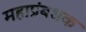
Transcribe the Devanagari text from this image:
महाप्रंबधक